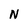
Character: N